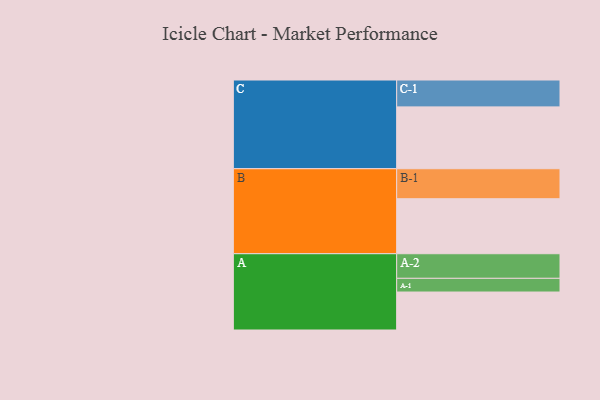
{"axis": {"x": "Segment", "y": "Value"}, "legend": ["", "A", "B", "C"], "data": [{"x": "A", "y": 366, "type": ""}, {"x": "B", "y": 530, "type": ""}, {"x": "C", "y": 596, "type": ""}, {"x": "A-1", "y": 132, "type": "A"}, {"x": "A-2", "y": 237, "type": "A"}, {"x": "B-1", "y": 289, "type": "B"}, {"x": "C-1", "y": 259, "type": "C"}]}